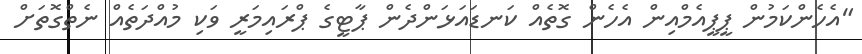
"އެހެންކަމުން ޕީޕީއެމްއިން އެހެން ގޮތެއް ކަނޑައަޅަންދެން ޕާޓީގެ ޕްރައިމަރީ ވަކި މުއްދަތެއް ނެތްގޮތަށް